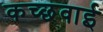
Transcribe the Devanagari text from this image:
कच्छवाई